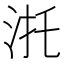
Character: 𣴜